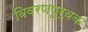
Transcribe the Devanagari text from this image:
विवरणपूर्वक